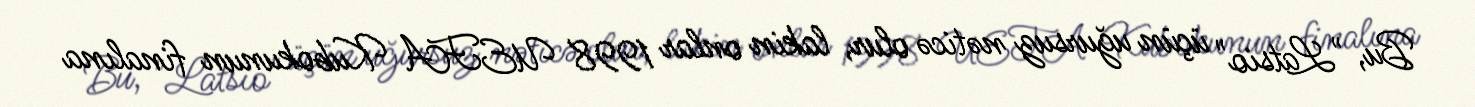
Bu, "Latsio" üçün uğursuz nəticə olur, lakin onlar 1998 UEFA Kubokunun finalına